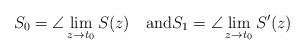
LaTeX: \begin{align*}S_0=\angle \lim_{z\to t_0}S(z)\quad\mbox{and}S_1=\angle \lim_{z\to t_0}S^\prime (z)\end{align*}